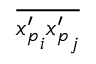
\overline { { { x _ { p } ^ { \prime } } _ { i } { x _ { p } ^ { \prime } } _ { j } } }